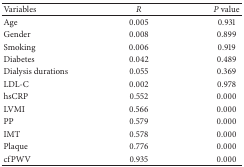
<table><thead><tr><td><b>Variables</b></td><td><b><i>R</i></b></td><td><b><i>P </i>value</b></td></tr></thead><tbody><tr><td>Age</td><td>0.005</td><td>0.931</td></tr><tr><td>Gender</td><td>0.008</td><td>0.899</td></tr><tr><td>Smoking</td><td>0.006</td><td>0.919</td></tr><tr><td>Diabetes</td><td>0.042</td><td>0.489</td></tr><tr><td>Dialysis durations</td><td>0.055</td><td>0.369</td></tr><tr><td>LDL-C</td><td>0.002</td><td>0.978</td></tr><tr><td>hsCRP</td><td>0.552</td><td>0.000</td></tr><tr><td>LVMI</td><td>0.566</td><td>0.000</td></tr><tr><td>PP</td><td>0.579</td><td>0.000</td></tr><tr><td>IMT</td><td>0.578</td><td>0.000</td></tr><tr><td>Plaque</td><td>0.776</td><td>0.000</td></tr><tr><td>cfPWV</td><td>0.935</td><td>0.000</td></tr></tbody></table>